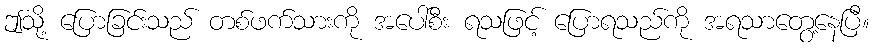
ဤသို့ ပြောခြင်းသည် တစ်ဖက်သားကို အပေါ်စီး ရသဖြင့် ပြောရသည်ကို အရသာတွေ့နေပြီ။